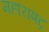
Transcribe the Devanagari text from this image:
महाराषट्र